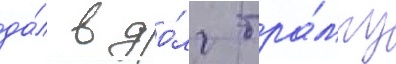
да́л в до́лг тра́мпу